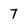
Character: 7